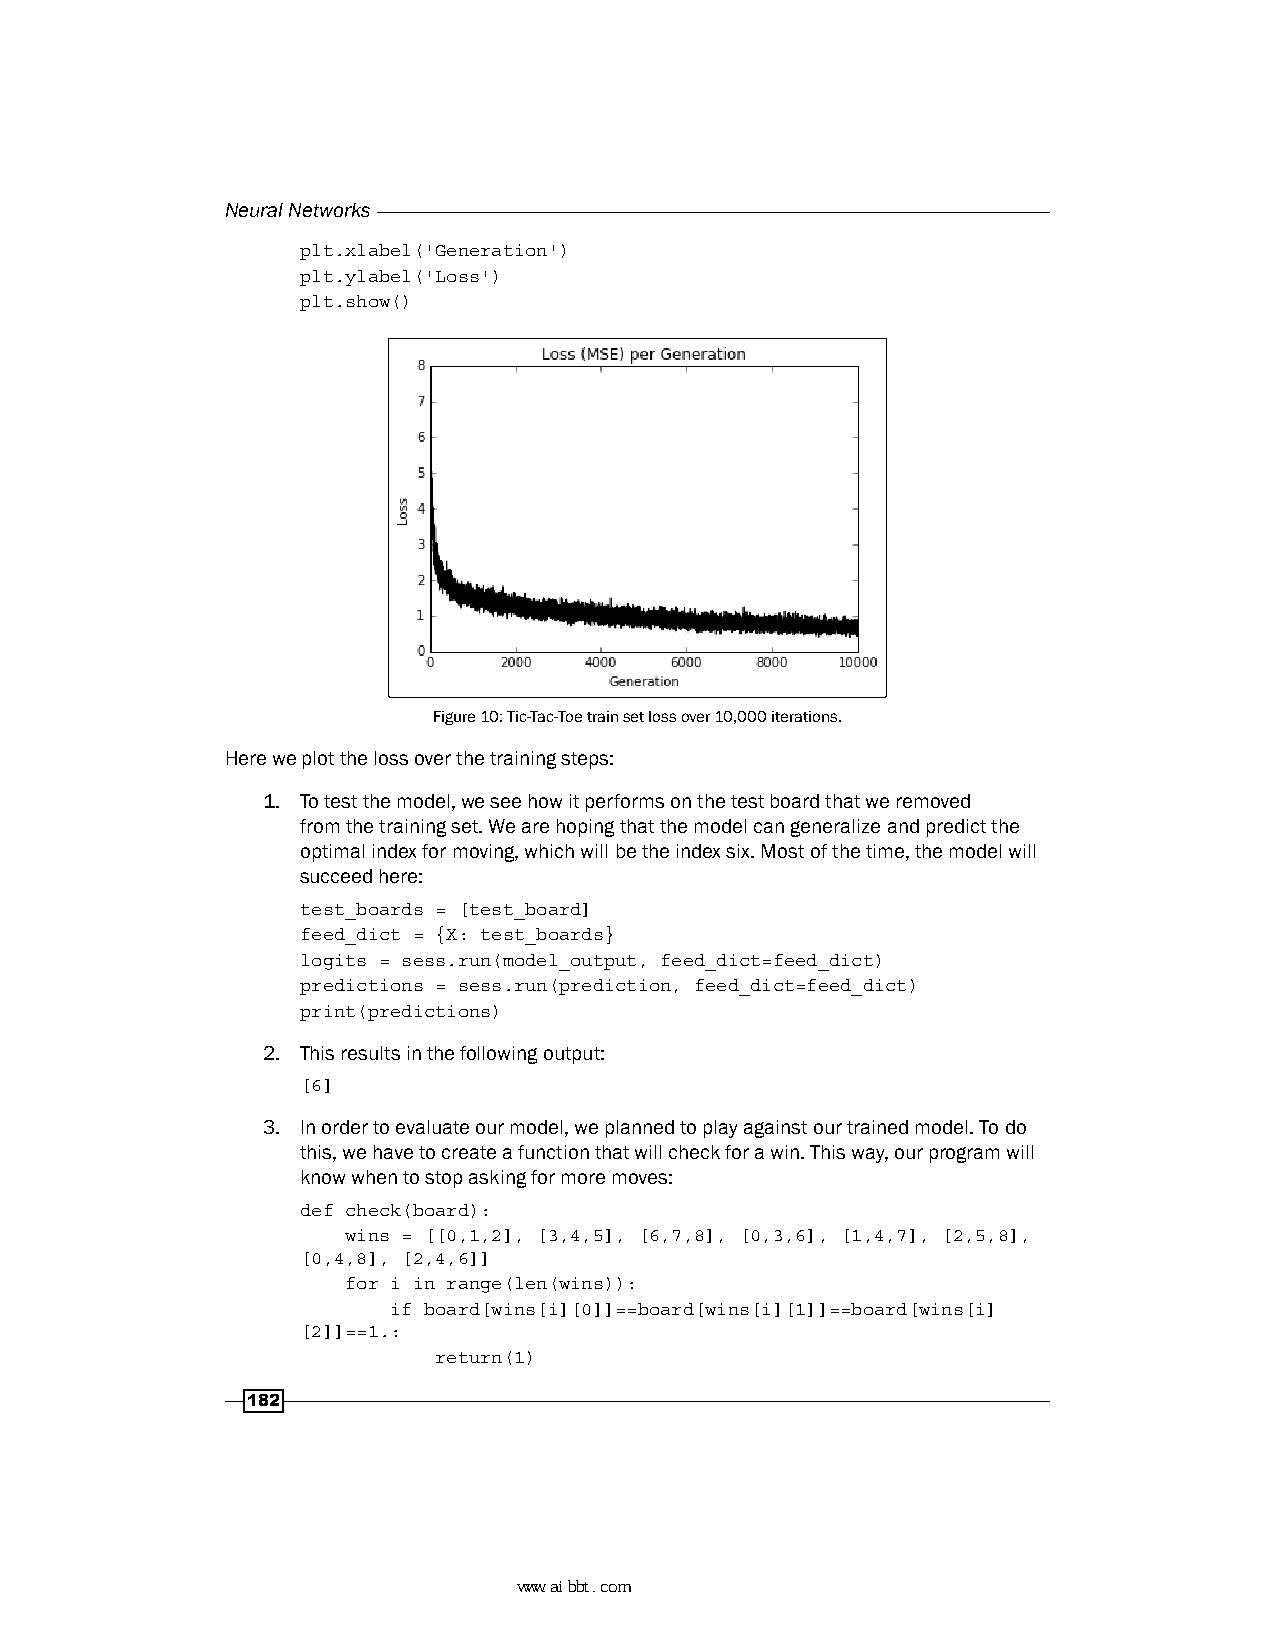
Neural Networks
 plt.xlabel('Generation')
 plt.ylabel('Loss')
 plt.show()
 Figure 10: Tic-Tac-Toe train set loss over 10,000 iterations.
 Here we plot the loss over the training steps:
 1. To test the model, we see how it performs on the test board that we removed
 from the training set. We are hoping that the model can generalize and predict the
 optimal index for moving, which will be the index six. Most of the time, the model will
 succeed here:
 test_boards = [test_board]
 feed_dict = {X: test_boards}
 logits = sess.run(model_output, feed_dict=feed_dict)
 predictions = sess.run(prediction, feed_dict=feed_dict)
 print(predictions)
 2. This results in the following output:
 [6]
 3. In order to evaluate our model, we planned to play against our trained model. To do
 this, we have to create a function that will check for a win. This way, our program will
 know when to stop asking for more moves:
 def check(board):
 wins = [[0,1,2], [3,4,5], [6,7,8], [0,3,6], [1,4,7], [2,5,8],
 [0,4,8], [2,4,6]]
 for i in range(len(wins)):
 if board[wins[i][0]]==board[wins[i][1]]==board[wins[i]
 [2]]==1.:
 return(1)
 182
 www.aibbt.com 让未来触手可及